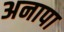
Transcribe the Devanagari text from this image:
अनापा